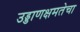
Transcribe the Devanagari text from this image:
उड्डाणक्षमतेचा